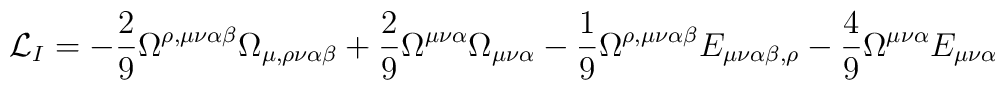
{\cal L}_I = - \frac{2}{9} \Omega^{\rho,\mu\nu\alpha\beta}\Omega_{\mu,\rho\nu\alpha\beta} + \frac{2}{9} \Omega^{\mu\nu\alpha}\Omega_{\mu\nu\alpha} - \frac{1}{9} \Omega^{\rho,\mu\nu\alpha\beta}E_{\mu\nu\alpha\beta,\rho} - \frac{4}{9} \Omega^{\mu\nu\alpha}E_{\mu\nu\alpha}